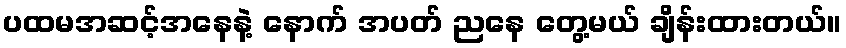
ပထမအဆင့်အနေနဲ့ နောက် အပတ် ညနေ တွေ့မယ် ချိန်းထားတယ်။